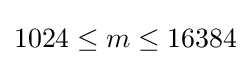
1024\leq m\leq 16384